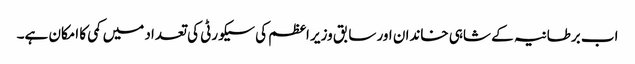
اب برطانیہ کے شاہی خاندان اور سابق وزیر اعظم کی سیکورٹی کی تعداد میں کمی کا امکان ہے۔